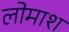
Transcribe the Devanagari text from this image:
लोमाश